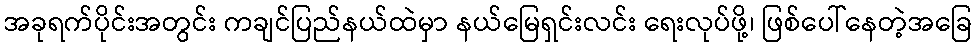
အခုရက်ပိုင်းအတွင်း ကချင်ပြည်နယ်ထဲမှာ နယ်မြေရှင်းလင်း ရေးလုပ်ဖို့၊ ဖြစ်ပေါ်နေတဲ့အခြေ